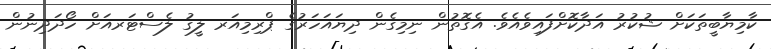
ކާމިޔާބީތަކަށް ޝުކުރު އަދާކޮށްފައިވެއެވެ. އެގޮތުން ނިމިގެން ދިޔައަހަރުގެ ޕްރިމިއަރ ލީގު ލެސްޓަރއަށް ހޯދަދިނުން